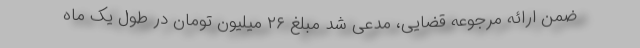
ضمن ارائه مرجوعه قضایی، مدعی شد مبلغ ۲۶ میلیون تومان در طول یک ماه